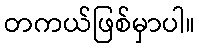
တကယ်ဖြစ်မှာပါ။